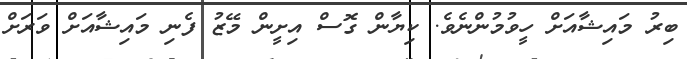
ބިރު މައިޝާއަށް ހީވުމުންނެވެ. ކިޔާން ގޮސް އިށީން މޭޒު ފެނި މައިޝާއަށް ވަރަށް